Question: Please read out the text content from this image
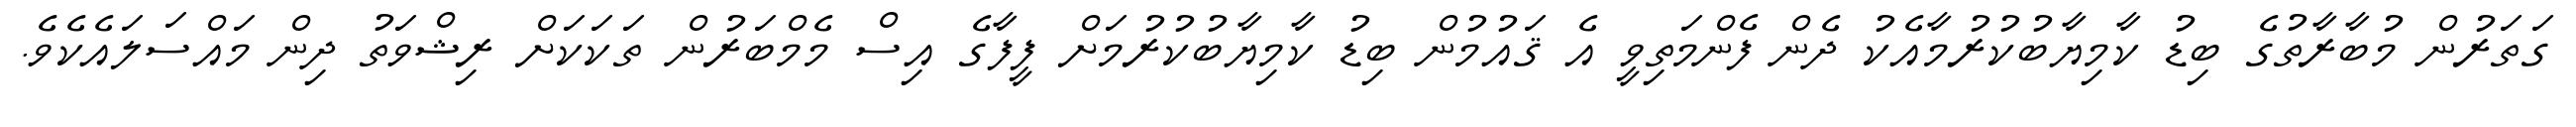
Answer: ގަތަރުން މުބާރާތުގެ ބިޑު ކާމިޔާބުކުރުމާއެކު ދެން ފެންމަތިވީ އެ ޤައުމުން ބިޑު ކާމިޔާބުކުރުމަށް ފީފާގެ އިސް މެމްބަރުން ތަކަކަށް ރިޝްވަތު ދިން މައްސަލައެކެވެ.